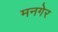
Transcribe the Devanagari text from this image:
मनगेर